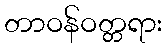
တာဝန်ဝတ္တရား